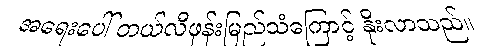
အရေးပေါ် တယ်လီဖုန်းမြည်သံကြောင့် နိုးလာသည်။